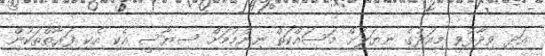
އަދި ވިދާޅުވީ މިއަދުގެ ނިޔަލަށް މަސައްކަތް ނިންމުމަށް ސިޔާސީ އެކި އެކި ފަރާތްތަކުން